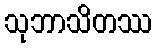
သုဘာသိတဿ